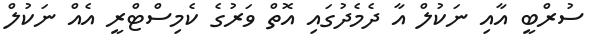
ސުރްބީ އާއި ނަކުލް އާ ދެމެދުގައި އޮތް ވަރުގެ ކެމިސްޓްރީ އެއް ނަކުލް